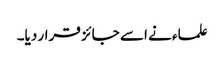
علماء نے اسے جائز قرار دیا۔